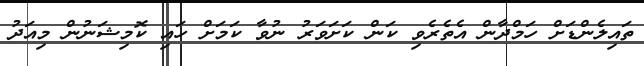
ތައިލެންޑަށް ހަމްދާން އެތެރެވި ކަން ކަށަވަރު ނުވާ ކަމަށް ހައި ކޮމިޝަނުން މިއަދު